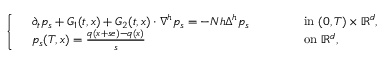
\left\{ \begin{array} { r l r l } & { \partial _ { t } p _ { s } + G _ { 1 } ( t , x ) + G _ { 2 } ( t , x ) \cdot \nabla ^ { h } p _ { s } = - N h \Delta ^ { h } p _ { s } \qquad } & & { \mathrm { ~ i n ~ } ( 0 , T ) \times { \mathbb { R } } ^ { d } , } \\ & { p _ { s } ( T , x ) = \frac { q ( x + s e ) - q ( x ) } { s } \qquad } & & { \mathrm { ~ o n ~ } { \mathbb { R } } ^ { d } , } \end{array} \right.